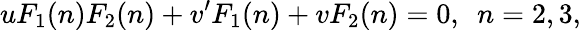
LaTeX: uF_{1}(n)F_{2}(n)+v^{\prime}F_{1}(n)+vF_{2}(n)=0,~~n=2,3,